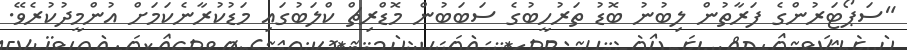
"ސަޕޯޓަރުންގެ ފަރާތުން ލިބުނު ބޮޑު ތަރުހީބުގެ ސަބަބުން މޮޑްރިޗް ކްލަބުގައި މަޑުކުރާނެކަމަށް އުންމީދުކުރެވޭ.